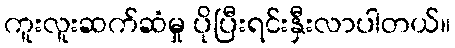
ကူးလူးဆက်ဆံမှု ပိုပြီးရင်းနှီးလာပါတယ်။